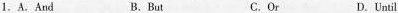
1.A.And B.But C. Or D.Unil